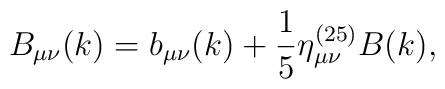
B_{\mu\nu}(k)=b_{\mu\nu}(k)+\frac{1}{5}\eta^{(25)}_{\mu\nu}B(k),